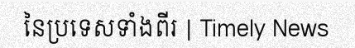
នៃប្រទេសទាំងពីរ | Timely News